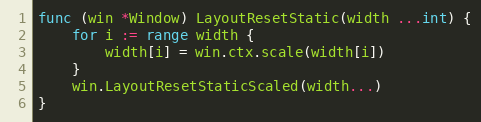
Language: Go
func (win *Window) LayoutResetStatic(width ...int) {
	for i := range width {
		width[i] = win.ctx.scale(width[i])
	}
	win.LayoutResetStaticScaled(width...)
}